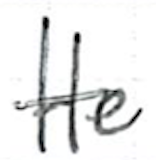
Text: He
Cross-out: single-line
Writing tool: ballpoint